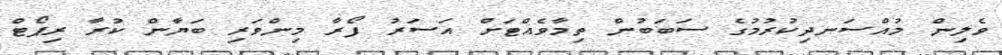
ވެލިން މުއްސަނދިކުރުމުގެ ސަބަބުން ތިމާވެއްޓަށް އަސަރު ފޯރާ މިންވަރި ބަޔާން ކުރާ ރިޕޯޓް